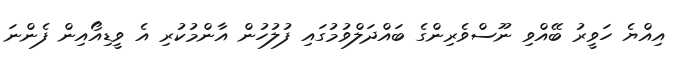
އިއްޔެ ހަވީރު ބޭއްވި ނޫސްވެރިންގެ ބައްދަލްވުމުގައި ފުލުހުން އާންމުކުރި އެ ވީޑިއޯއިން ފެންނަ